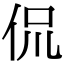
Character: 侃